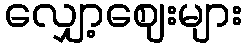
လျှော့ဈေးများ